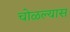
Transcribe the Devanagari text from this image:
चोळल्यास